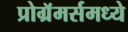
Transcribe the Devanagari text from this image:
प्रोग्रॅमर्समध्ये